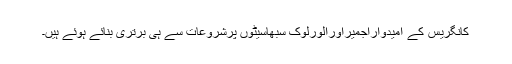
کانگریس کے امیدواراجمیراورالورلوک سبھاسیٹوں پرشروعات سے ہی برتری بنائے ہوئے ہیں۔